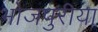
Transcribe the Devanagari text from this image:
भोजपुरीया